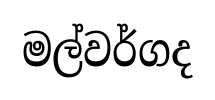
මල්වර්ගද